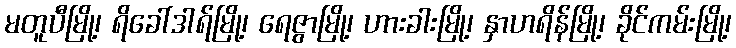
မတူပီမြို့၊ ရိခေါ်ဒါရ်မြို့၊ ရေဇွာမြို့၊ ဟားခါးမြို့၊ နှာဟရိန်မြို့၊ ခိုင်ကမ်းမြို့၊